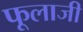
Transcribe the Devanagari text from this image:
फूलाजी